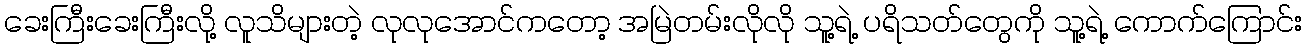
ခေးကြီးခေးကြီးလို့ လူသိများတဲ့ လုလုအောင်ကတော့ အမြဲတမ်းလိုလို သူ့ရဲ့ ပရိသတ်တွေကို သူ့ရဲ့ ကောက်ကြောင်း